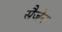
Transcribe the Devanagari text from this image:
सैजेन